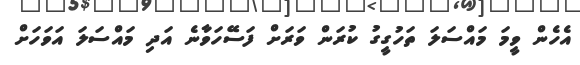
އެހެން ވީމަ މައްސަލަ ތަހުގީގު ކުރަން ވަރަށް ފަސޭހަވާނެ އަދި މައްސަލަ އަވަހަށް